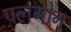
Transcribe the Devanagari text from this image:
पलगोन